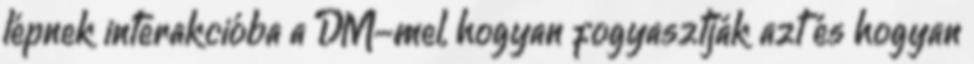
lépnek interakcióba a DM-mel, hogyan fogyasztják azt és hogyan